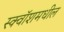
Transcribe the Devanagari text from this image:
स्क्वॉशमधील